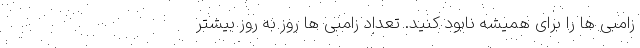
زامبی ها را برای همیشه نابود کنید. تعداد زامبی ها روز به روز بیشتر